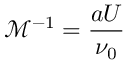
\mathcal { M } ^ { - 1 } = \frac { a U } { \nu _ { 0 } }